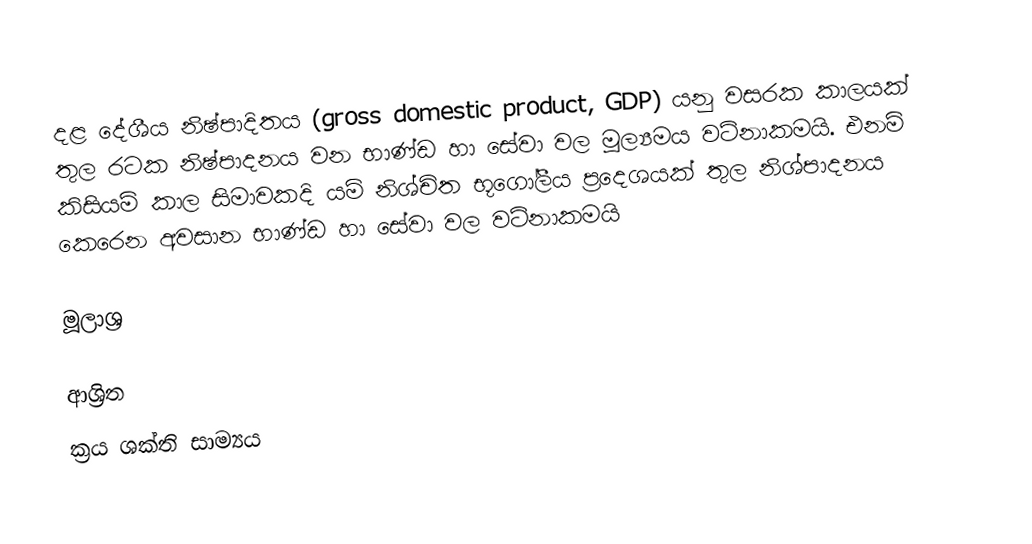
දළ දේශීය නිෂ්පාදිතය (gross domestic product, GDP) යනු වසරක කාලයක් තුල රටක නිෂ්පාදනය වන භාණ්ඩ හා සේවා වල මූල්‍යමය වටිනාකමයි. එනම් කිසියම් කාල සිමාවකදි යම් නිශ්චිත භූගෝලීය ප්‍රදෙශයක් තුල නිශ්පාදනය කෙරෙන අවසාන භාණ්ඩ හා සේවා වල වටිනාකමයි

මූලාශ්‍ර

ආශ්‍රිත
 ක්‍රය ශක්ති සාම්‍යය